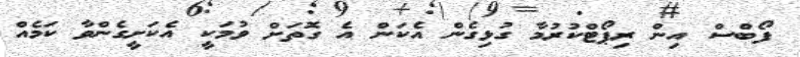
ފޯބްސް އިން ރިޕޯޓްކުރުމާ ގުޅިގެން އެކަން އެ ގޮތަށް ވުމަކީ އެކަށީގެންވާ ކަމެއް